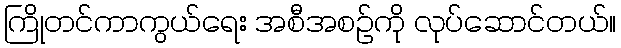
ကြိုတင်ကာကွယ်ရေး အစီအစဉ်ကို လုပ်ဆောင်တယ်။